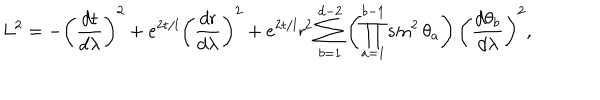
L ^ { 2 } = - \left( \frac { d { \sf t } } { d \lambda } \right) ^ { 2 } + e ^ { 2 { \sf t } / l } \left( \frac { d { \sf r } } { d \lambda } \right) ^ { 2 } + e ^ { 2 { \sf t } / l } { \sf r } ^ { 2 } \sum _ { b = 1 } ^ { d - 2 } \left( \prod _ { a = 1 } ^ { b - 1 } \sin ^ { 2 } \theta _ { a } \right) \left( \frac { d \theta _ { b } } { d \lambda } \right) ^ { 2 } ,